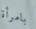
بامرأة